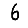
Digit: 6